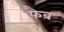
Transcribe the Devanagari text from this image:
फैव